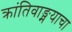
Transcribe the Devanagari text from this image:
क्रांतिवाङ्मयाचा